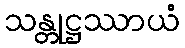
သန္တုဋ္ဌဿာယံ